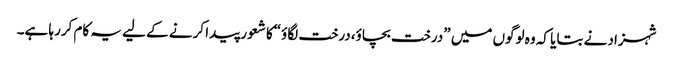
شہزاد نے بتایا کہ وہ لوگوں میں ”درخت بچاؤ،درخت لگاؤ“کا شعور پیدا کرنے کے لیے یہ کام کررہا ہے۔